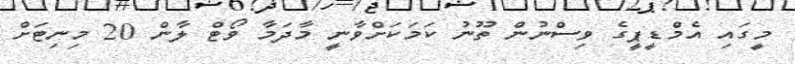
މީގައި އެމްޑީޕީގެ ވިސްނުން ތޫނު ކަމަކަށްވާނީ މާދަމާ ވޯޓް ލާން 20 މިނިޓަށް